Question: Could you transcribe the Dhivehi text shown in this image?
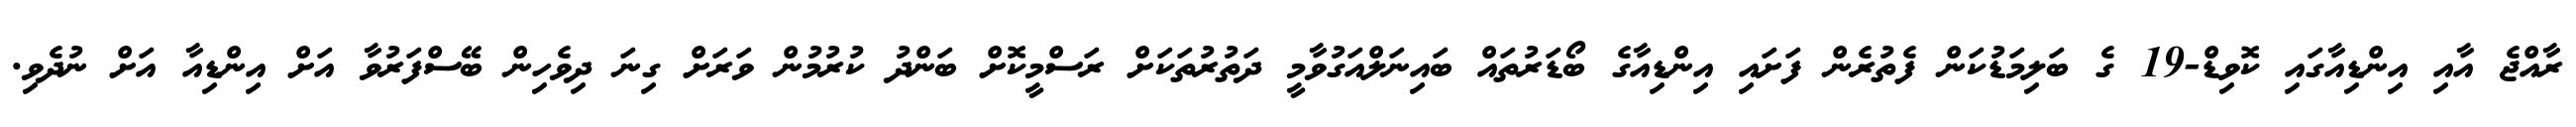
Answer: ރާއްޖެ އާއި އިންޑިއާގައި ކޮވިޑް-19 ގެ ބަލިމަޑުކަން ފެތުރެން ފަށައި އިންޑިއާގެ ބޯޑަރުތައް ބައިނަލްއަގުވާމީ ދަތުރުތަކަށް ރަސްމީކޮށް ބަންދު ކުރުމުން ވަރަށް ގިނަ ދިވެހިން ބޭސްފަރުވާ އަށް އިންޑިއާ އަށް ނުދެވި.